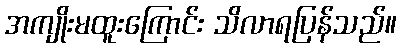
အကျိုးမထူးကြောင်း သိလာရပြန်သည်။